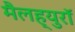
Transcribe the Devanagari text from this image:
मैलह्युरॉ